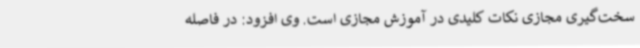
سخت‌گیری مجازی نکات کلیدی در آموزش مجازی است. وی افزود: در فاصله